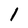
Character: 1